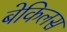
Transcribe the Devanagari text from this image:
बेकिलस